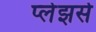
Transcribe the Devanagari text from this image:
प्लेझर्स